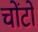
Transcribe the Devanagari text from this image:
चोंटों